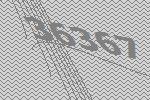
36367